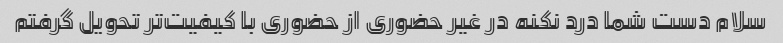
سلام دست شما درد نکنه در غیر حضوری از حضوری با کیفیت‌تر تحویل گرفتم